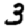
Digit: 3